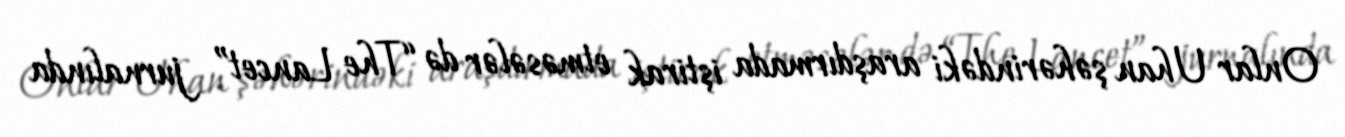
Onlar Uhan şəhərindəki araşdırmada iştirak etməsələr də “The Lancet” jurnalında